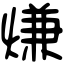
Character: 熑